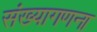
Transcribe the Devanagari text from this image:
संख्यागणना